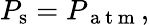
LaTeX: {P}_{\mathrm{s}}=P_{\mathrm{~a~t~m~}},